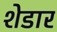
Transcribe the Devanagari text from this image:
शेडार